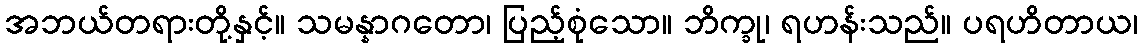
အဘယ်တရားတို့နှင့်။ သမန္နာဂတော၊ ပြည့်စုံသော။ ဘိက္ခု၊ ရဟန်းသည်။ ပရဟိတာယ၊